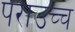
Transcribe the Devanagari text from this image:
पराउच्च